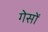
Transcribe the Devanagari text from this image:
गेसों